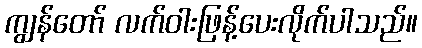
ကျွန်တော် လက်ဝါးဖြန့်ပေးလိုက်ပါသည်။